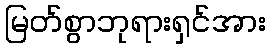
မြတ်စွာဘုရားရှင်အား